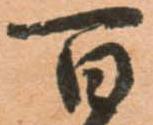
百